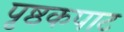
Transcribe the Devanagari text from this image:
पृष्ठकपाट